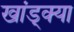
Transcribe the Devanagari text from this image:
खांड्क्या